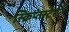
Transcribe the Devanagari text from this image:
स्क्रिप्तस्टेशन